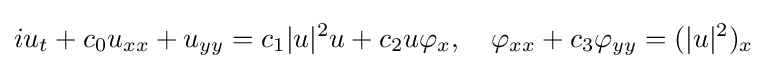
\displaystyle iu_{t}+c_{0}u_{xx}+u_{yy}=c_{1}|u|^{2}u+c_{2}u\varphi _{x},\quad \displaystyle \varphi _{xx}+c_{3}\varphi _{yy}=(|u|^{2})_{x}